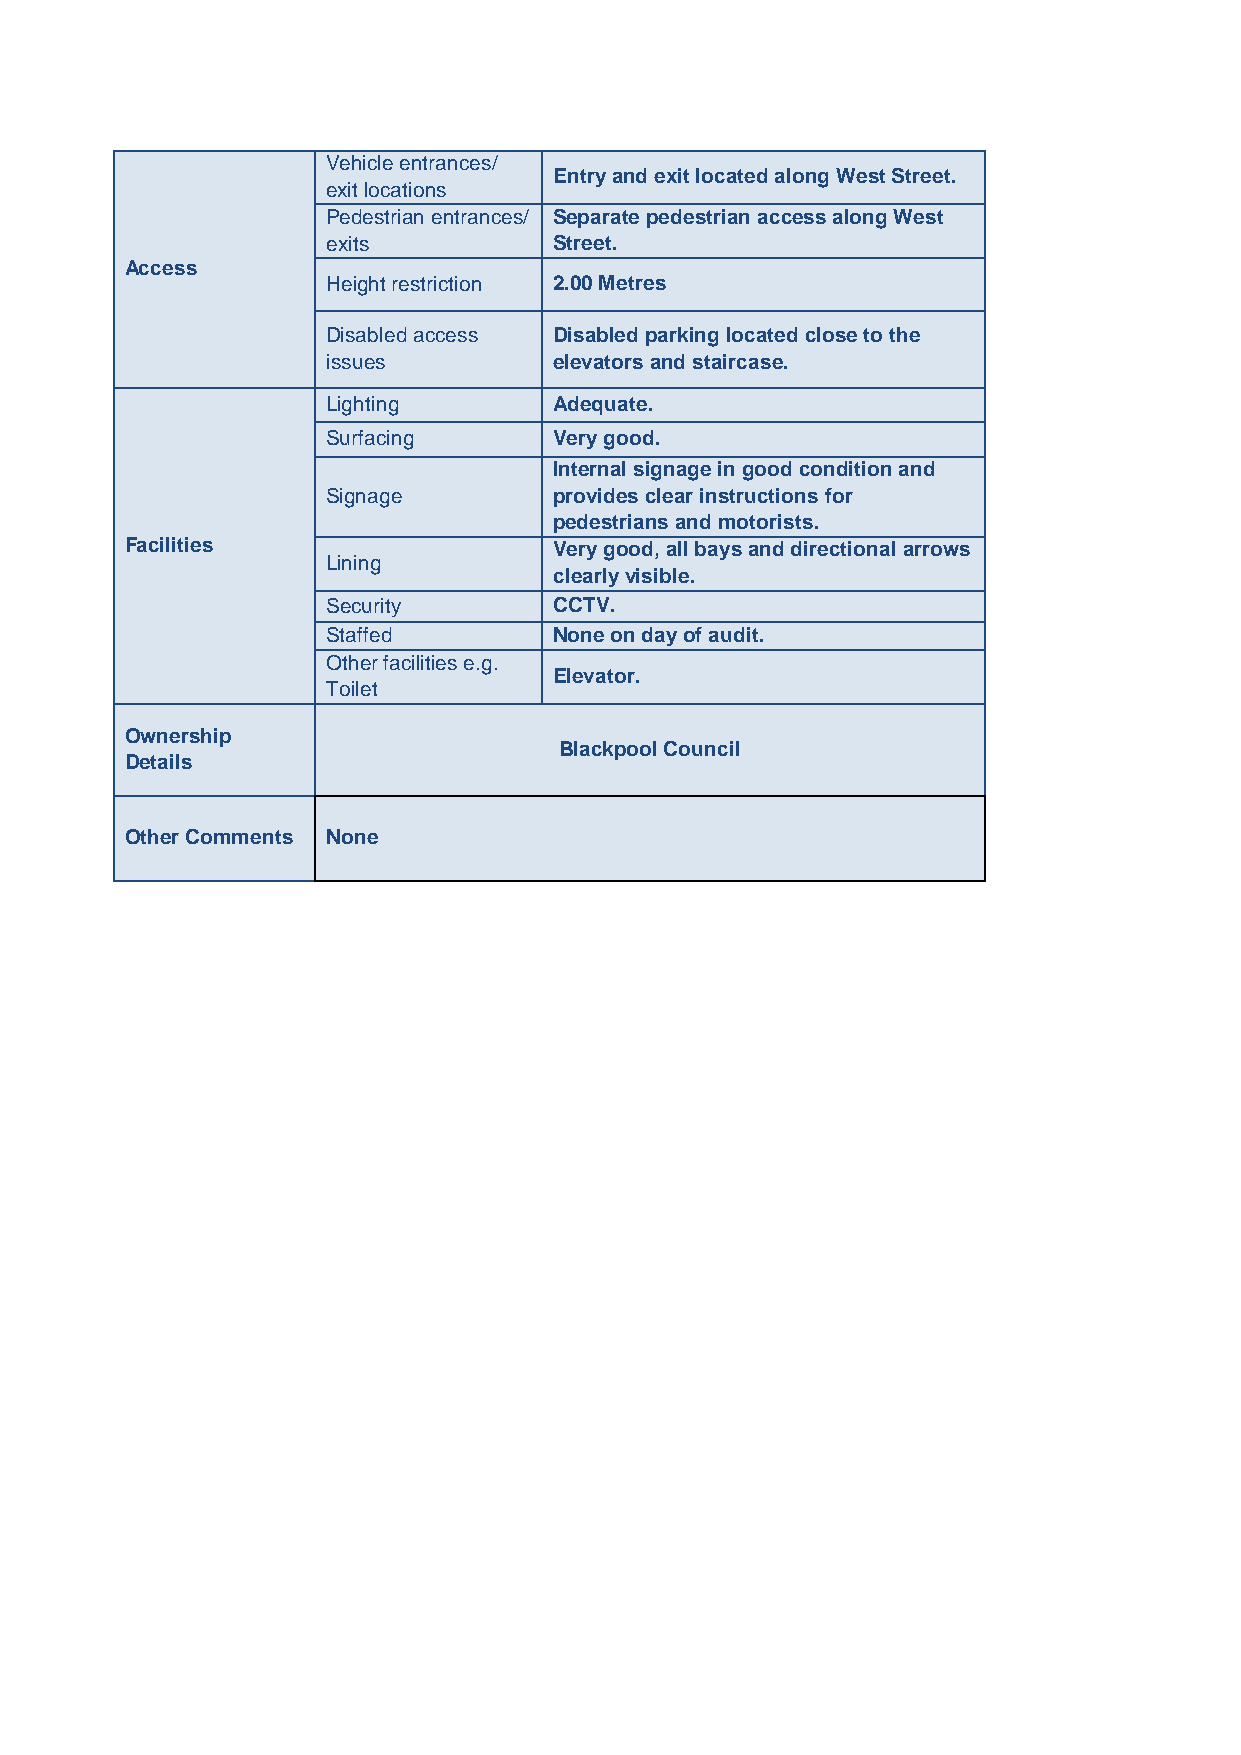
Vehicle entrances/
 Entry and exit located along West Street.
 exit locations
 Pedestrian entrances/ Separate pedestrian access along West
 exits          Street.
 Access
 Height restriction 2.00 Metres
 Disabled access Disabled parking located close to the
 issues         elevators and staircase.
 Lighting       Adequate.
 Surfacing      Very good.
 Internal signage in good condition and
 Signage        provides clear instructions for
 pedestrians and motorists.
 Facilities                   Very good, all bays and directional arrows
 Lining
 clearly visible.
 Security       CCTV.
 Staffed        None on day of audit.
 Other facilities e.g.
 Elevator.
 Toilet
 Ownership
 Blackpool Council
 Details
 Other Comments None